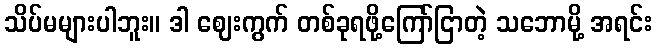
သိပ်မများပါဘူး။ ဒါ ဈေးကွက် တစ်ခုရဖို့ကြော်ငြာတဲ့ သဘောမို့ အရင်း